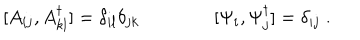
[ A _ { i j } , A _ { k l } ^ { \dagger } ] = \delta _ { i l } \delta _ { j k } \qquad \qquad [ \Psi _ { i } , \Psi _ { j } ^ { \dagger } ] = \delta _ { i j } \; .